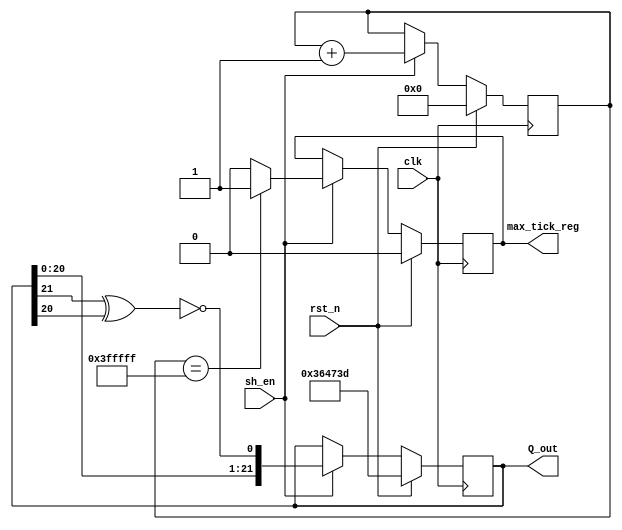
`timescale 1ns / 1ps
//////////////////////////////////////////////////////////////////////////////////
// Company: 
// Engineer: 
// 
// Design Name: 
// Module Name: lsfr
// Project Name: 
// Target Devices: 
// Tool Versions: 
// Description: 
// 
// Dependencies: 
// 
// Revision:
// Revision 0.01 - File Created
// Additional Comments:
// 
//////////////////////////////////////////////////////////////////////////////////

// Edited lsfr from labF intended for width of size 22
module lsfr

#(parameter seed = 22'b1101100100011100111101)
//#(parameter seed = 22') // Forbidden Seed
 ( input clk, sh_en, rst_n,
 output [21:0] Q_out,
 output reg max_tick_reg);
 

 
 
 // State of LSFR
 reg [21:0] Q_state;
 
 // Keeps count of how many cycles have passed, ie when we'll start repeating values
 reg [21:0] counter;
 
 // Next State of LSFR
 wire [21:0] Q_ns;
 
 // Stores the XORed bits result for putting back into the first bit after shifting
 wire Q_fb;
 
 
 
 
 always @ (posedge clk) begin // synchronous
 if (rst_n) // Reset signal resets paramters shockingly enough
 begin
 Q_state <= seed;
 max_tick_reg <= 0;
 counter <= 0;
 end 
 else if (sh_en) // Making sure that shifitng is enabled ie we're not paused.
 begin
 Q_state <= Q_ns;
 counter <= counter + 1;
 if(counter == 4194303) // After this we start repeating, ie max ticks has been reached.
 begin
 max_tick_reg <= 1;
 end
 else
 begin
 max_tick_reg <= 0;
 end
 end
 end

 //next state logic
 assign Q_fb = ~(Q_state[21] ^ Q_state[20]); // These are the optimal taps to XOR for the new first bit
 assign Q_ns = {Q_state[20:0],Q_fb}; // Moving over the LSFR by one shifitng out the msb
 //output logic
 assign Q_out = Q_state;
 
 
endmodule